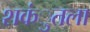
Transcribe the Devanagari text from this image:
शकंुतला